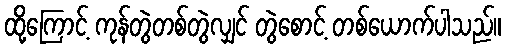
ထို့ကြောင့် ကုန်တွဲတစ်တွဲလျှင် တွဲစောင့် တစ်ယောက်ပါသည်။